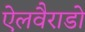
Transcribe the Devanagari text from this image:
ऐलवैराडो